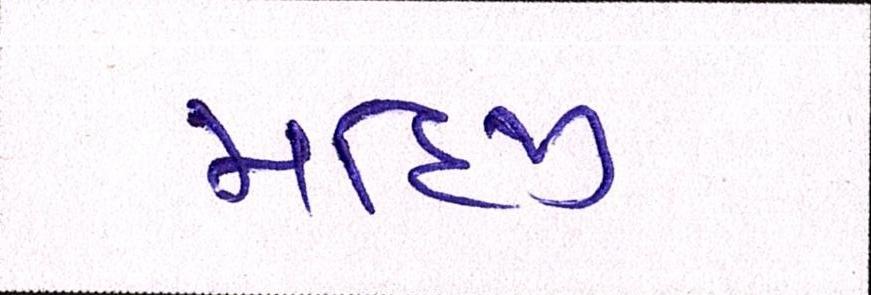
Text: મહિજી